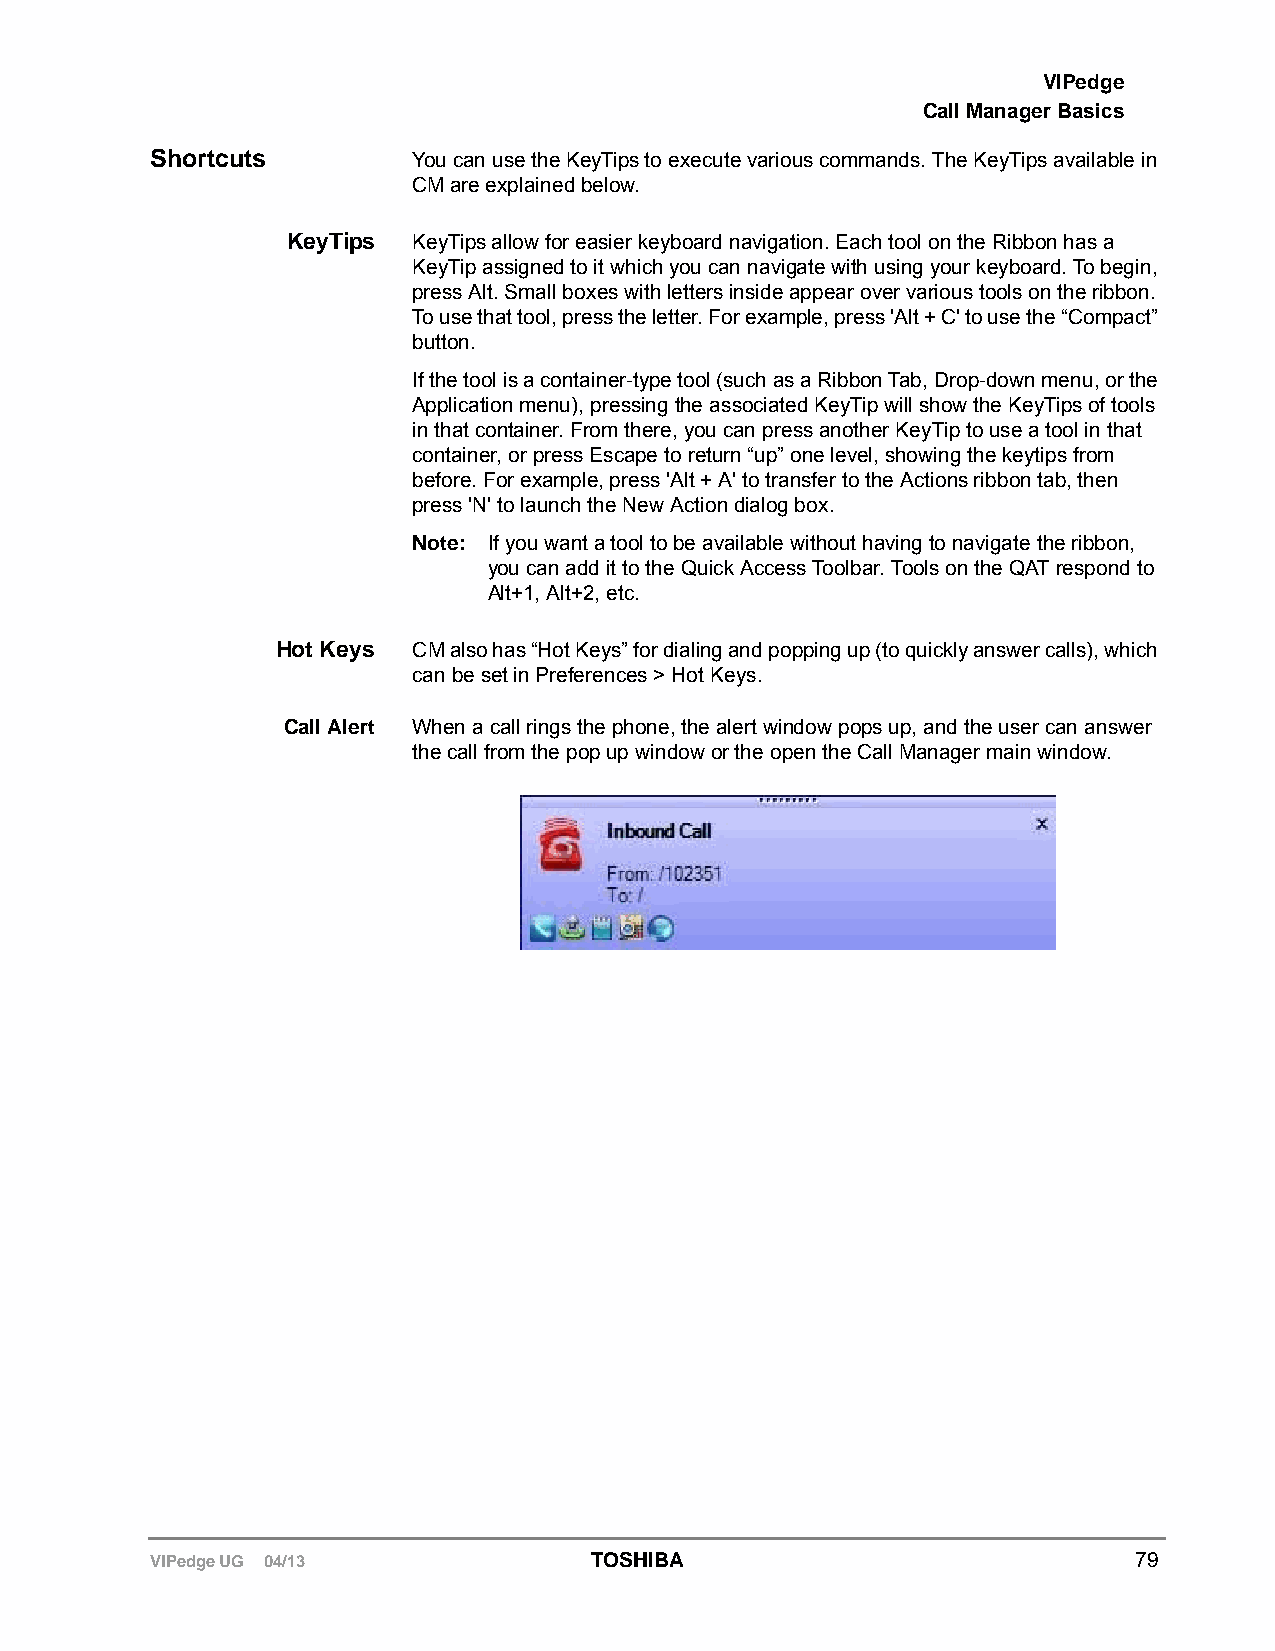
VIPedge
 Call Manager Basics
 Shortcuts        You can use the KeyTips to execute various commands. The KeyTips available in
 CM are explained below.
 KeyTips KeyTips allow for easier keyboard navigation. Each tool on the Ribbon has a
 KeyTip assigned to it which you can navigate with using your keyboard. To begin,
 press Alt. Small boxes with letters inside appear over various tools on the ribbon.
 To use that tool, press the letter. For example, press 'Alt + C' to use the “Compact”
 button.
 If the tool is a container-type tool (such as a Ribbon Tab, Drop-down menu, or the
 Application menu), pressing the associated KeyTip will show the KeyTips of tools
 in that container. From there, you can press another KeyTip to use a tool in that
 container, or press Escape to return “up” one level, showing the keytips from
 before. For example, press 'Alt + A' to transfer to the Actions ribbon tab, then
 press 'N' to launch the New Action dialog box.
 Note: If you want a tool to be available without having to navigate the ribbon,
 you can add it to the Quick Access Toolbar. Tools on the QAT respond to
 Alt+1, Alt+2, etc.
 Hot Keys CM also has “Hot Keys” for dialing and popping up (to quickly answer calls), which
 can be set in Preferences > Hot Keys.
 Call Alert When a call rings the phone, the alert window pops up, and the user can answer
 the call from the pop up window or the open the Call Manager main window.
 VIPedge UG 04/13             TOSHIBA                             79